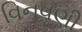
વિનવણી